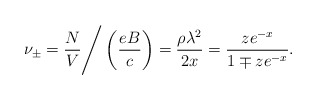
\begin{align*}\nu_\pm = { N \over V} \Bigg / \left ( { { e B} \over c } \right ) ={ {\rho \lambda^2} \over {2 x} } = {{ z e^{-x} } \over { 1 \mp z e^{-x}}}.\end{align*}